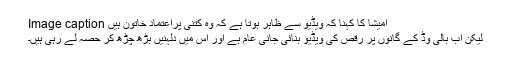
Image caption امیشا کا کہنا کہ ویڈیو سے ظاہر ہوتا ہے کہ وہ کتنی پراعتماد خاتون ہیں
لیکن اب بالی وڈ کے گانوں پر رقص کی ویڈیو بنائی جانی عام ہے اور اس میں دلہنیں بڑھ چڑھ کر حصہ لے رہی ہیں۔